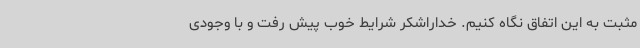
مثبت به این اتفاق نگاه کنیم. خداراشکر شرایط خوب پیش رفت و با وجودی